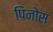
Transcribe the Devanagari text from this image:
पिनोस